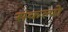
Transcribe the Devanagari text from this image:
संकल्पो